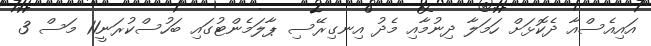
އައިއެސްއާ ދެކޮޅަށް ހަމަލާ ދިނުމާއި މެދު އިނގިރޭސި ޕާލަމެންޓުގައި ބަހުސްކުރަނީ11 މަސް 3